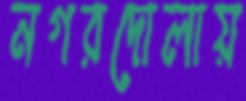
নগরদোলায়